Annual report on the Civil Veterinary Department, Burma (including the Insein Veterinary School) - 1923-1931
Year: 1923
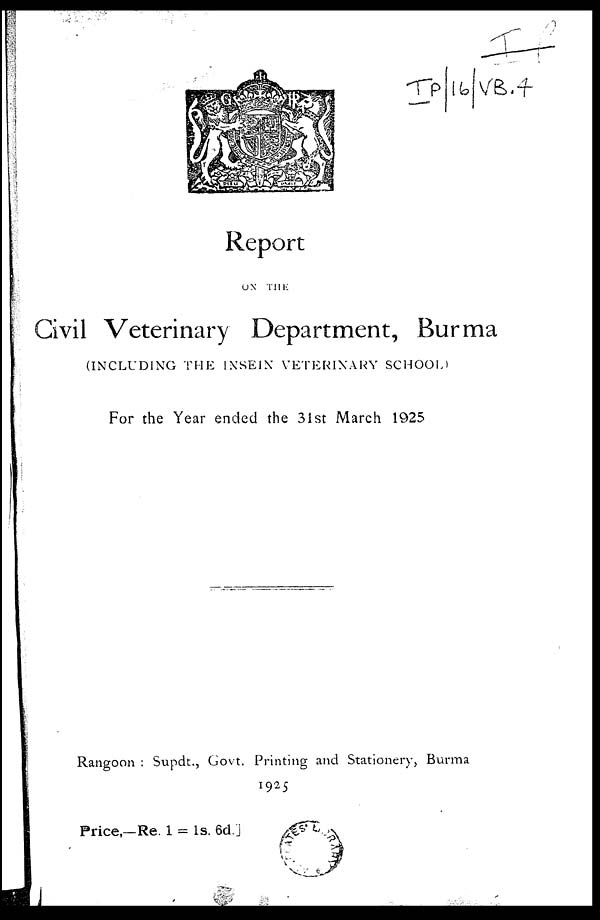
Report
ON THE
Civil Veterinary Department, Burma
(INCLUDING THE INSEIN VETERINARY SCHOOL)
For the Year ended the 31st March 1925
Rangoon : Supdt., Govt. Printing and Stationery, Burma
1925
Price,—Re. 1 = 1s. 6d.]